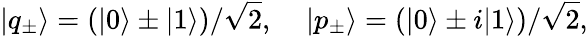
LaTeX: |q_{\pm}\rangle=(|0\rangle\pm|1\rangle)/\sqrt{2},\; \; \; \; |p_{\pm}\rangle=(|0\rangle\pm i|1\rangle)/\sqrt{2},